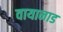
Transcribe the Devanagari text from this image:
वायानाड